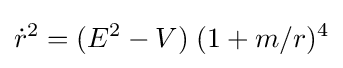
{\dot {r}}^{2}=(E^{2}-V)\;(1+m/r)^{4}